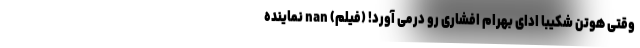
وقتی هوتن شکیبا ادای بهرام افشاری رو درمی آورد! (فیلم) nan نماینده